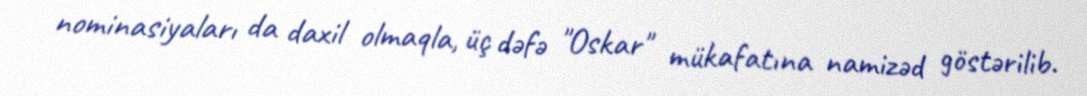
nominasiyaları da daxil olmaqla, üç dəfə "Oskar" mükafatına namizəd göstərilib.